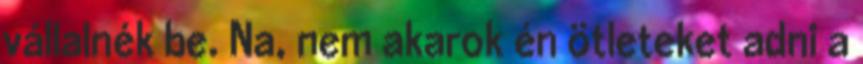
vállalnék be. Na, nem akarok én ötleteket adni a